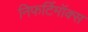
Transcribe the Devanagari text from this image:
निफर्टिमॉक्स